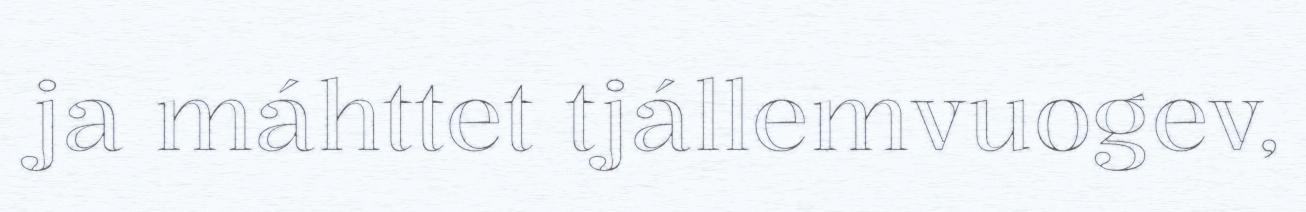
ja máhttet tjállemvuogev,